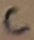
Text: C